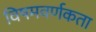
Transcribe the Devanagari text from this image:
विषमवर्णकता